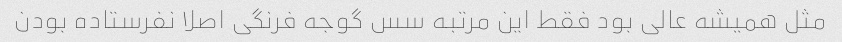
مثل همیشه عالی بود فقط این مرتبه سس گوجه فرنگی اصلا نفرستاده بودن